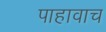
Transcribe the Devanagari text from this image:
पाहावाच